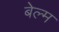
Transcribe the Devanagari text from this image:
बेल्म